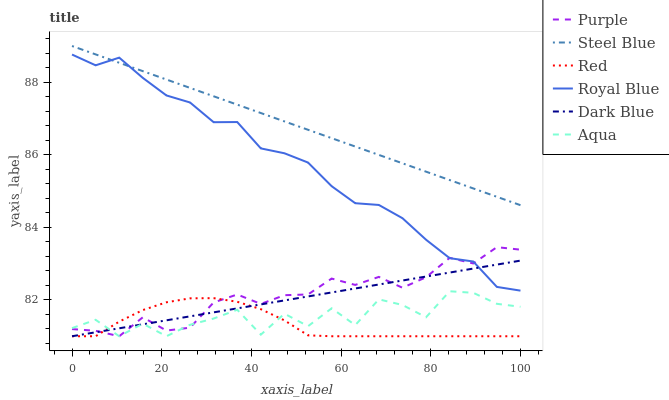
| xaxis_label | Purple | Steel Blue | Red | Royal Blue | Dark Blue | Aqua |
 | --- | --- | --- | --- | --- | --- | --- |
 | 0 | 81.2 | 89 | 81 | 88.8 | 81 | 81.2 |
 | 5.26 | 81.2 | 88.8 | 81 | 88.5 | 81.1 | 81.5 |
 | 10.5 | 81 | 88.5 | 81.4 | 88.7 | 81.2 | 81 |
 | 15.8 | 81.5 | 88.3 | 81.7 | 88.1 | 81.3 | 81.3 |
 | 21.1 | 81.2 | 88.1 | 81.9 | 87.6 | 81.4 | 81 |
 | 26.3 | 81.2 | 87.8 | 82 | 87.4 | 81.5 | 81.3 |
 | 31.6 | 81.9 | 87.6 | 82.1 | 86.9 | 81.7 | 81.5 |
 | 36.8 | 82.2 | 87.4 | 82 | 86.9 | 81.8 | 81.7 |
 | 42.1 | 81.9 | 87.2 | 81.7 | 86.2 | 81.9 | 81 |
 | 47.4 | 82.1 | 86.9 | 81.4 | 86 | 82 | 81.6 |
 | 52.6 | 82.2 | 86.7 | 81 | 85.8 | 82.1 | 81.3 |
 | 57.9 | 82.6 | 86.5 | 81 | 85.1 | 82.2 | 81.8 |
 | 63.2 | 82.4 | 86.2 | 81 | 84.7 | 82.3 | 81.3 |
 | 68.4 | 82.6 | 86 | 81 | 84.6 | 82.4 | 82 |
 | 73.7 | 82.3 | 85.8 | 81 | 84.3 | 82.5 | 81.9 |
 | 78.9 | 82.6 | 85.5 | 81 | 83.7 | 82.6 | 81.5 |
 | 84.2 | 83.2 | 85.3 | 81 | 83.2 | 82.8 | 82.2 |
 | 89.5 | 83 | 85.1 | 81 | 83.1 | 82.9 | 82.2 |
 | 94.7 | 83.5 | 84.8 | 81 | 82.4 | 83 | 81.9 |
 | 100 | 83.4 | 84.6 | 81 | 82.3 | 83.1 | 81.8 |